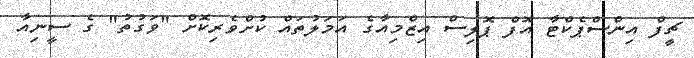
ޗީފް އިންސްޕެކްޓާ އޮފް ޕޮލިސް އިޒްމިއާގެ އަމަލުތައް ކުށްވެރިކޮށް "ވަގުތު" ގެ ސީނިއާ